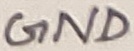
Text: GND